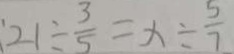
: 2 1 \div \frac { 3 } { 5 } = x \div \frac { 5 } { 7 }